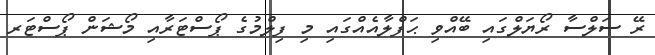
ރޭ ސަލްސާ ރޯޔަލްގައި ބޭއްވި ޙަފްލާއެއްގައި މި ފިލްމުގެ ޕޯސްޓަރާއި މޯޝަން ޕޯސްޓަރ